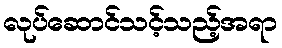
လုပ်ဆောင်သင့်သည့်အရာ